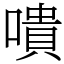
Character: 嘳